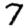
Digit: 7